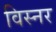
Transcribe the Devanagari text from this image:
विस्नर